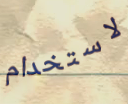
لاستخدام